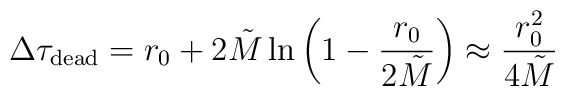
\Delta\tau_{\rm dead} = r_0 + 2 \tilde{M} \ln \left(1 -\frac{r_0}{2\tilde{M}} \right) \approx \frac{r_0^2}{4\tilde{M}}